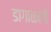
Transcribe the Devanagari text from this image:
डागाळली